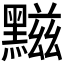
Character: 𪑿